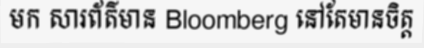
មក សារព័ត៌មាន Bloomberg នៅតែមានចិត្ត